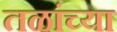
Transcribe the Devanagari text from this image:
तळांच्या